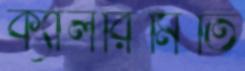
ক্যালরিমিতি